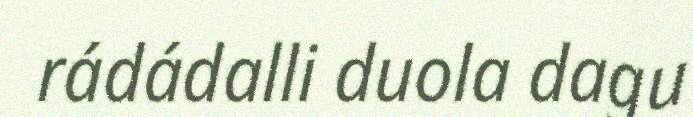
rádádalli duola dagu